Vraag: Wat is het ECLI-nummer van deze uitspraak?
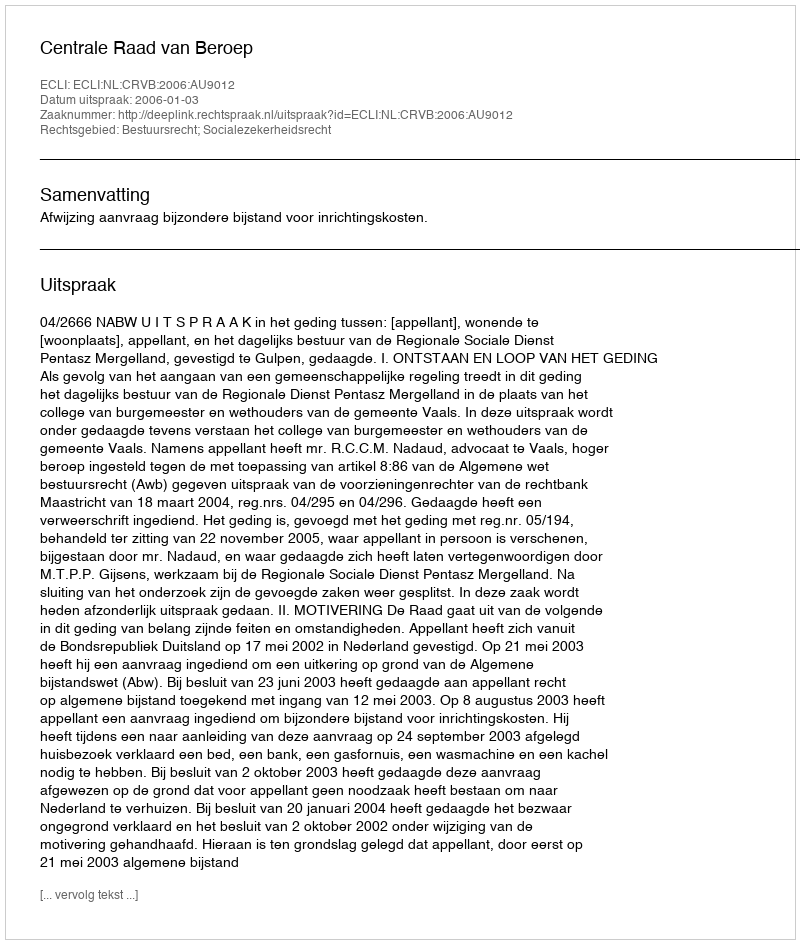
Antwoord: ECLI:NL:CRVB:2006:AU9012